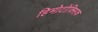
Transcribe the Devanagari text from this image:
हिमोटोक्सिक